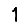
Digit: 1